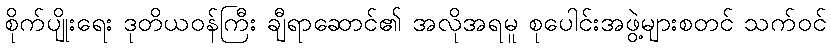
စိုက်ပျိုးရေး ဒုတိယဝန်ကြီး ချီရာဆောင်၏ အလိုအရမူ စုပေါင်းအဖွဲ့များစတင် သက်ဝင်